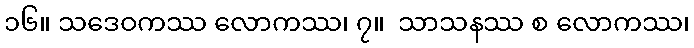
၁၆။ သဒေဝကဿ လောကဿ၊ ၇။  သာသနဿ စ လောကဿ၊